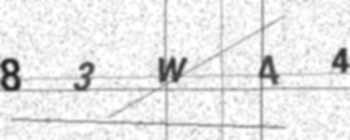
Text: 83W44